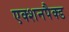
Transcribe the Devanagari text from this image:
एक्शनपैक्ड